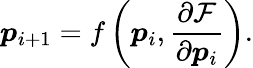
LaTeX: \boldsymbol{p}_{i+1}=f\left(\boldsymbol{p}_{i},\frac{\partial\mathcal{F}}{\partial\boldsymbol{p}_{i}}\right).